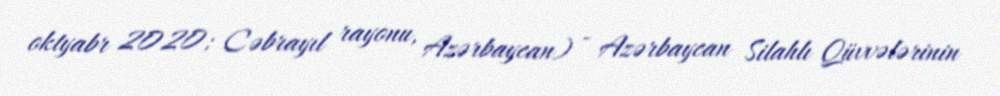
oktyabr 2020; Cəbrayıl rayonu, Azərbaycan) - Azərbaycan Silahlı Qüvvələrinin